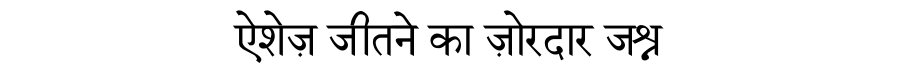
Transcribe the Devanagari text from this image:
ऐशेज़ जीतने का ज़ोरदार जश्न